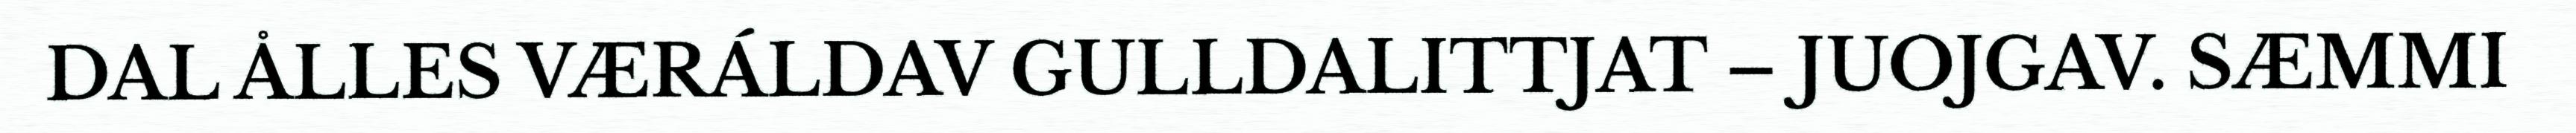
DAL ÅLLES VÆRÁLDAV GULLDALITTJAT – JUOJGAV. SÆMMI